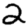
Digit: 2